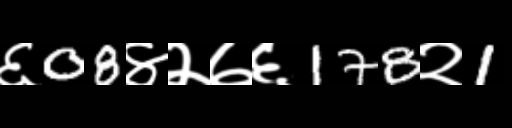
Text: ६08४२७६178२1